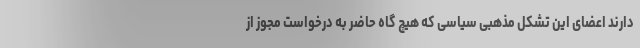
دارند اعضای این تشکل مذهبی سیاسی که هیچ گاه حاضر به درخواست مجوز از